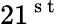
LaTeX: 21^{\mathrm{~s~t~}}